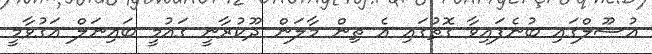
އުސޫލްގައި ބުނެފައިވާ ގޮތުގައި އެ ތިން މާލަން ދޫކުރާނީ ގައުމީ ބައިނަލް އަގުވާމީ